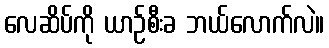
လေဆိပ်ကို ယာဉ်စီးခ ဘယ်လောက်လဲ။